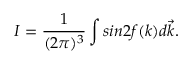
I = \frac { 1 } { ( 2 \pi ) ^ { 3 } } \int s i n 2 f ( k ) d \vec { k } .